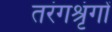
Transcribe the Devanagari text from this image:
तरंगश्रृंगों